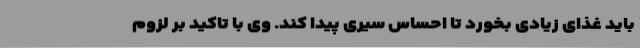
باید غذای زیادی بخورد تا احساس سیری پیدا کند. وی با تاکید بر لزوم